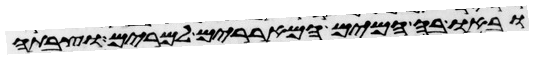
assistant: ובאו בה המים המאררים למרים וצבתה